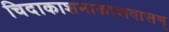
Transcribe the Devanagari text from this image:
चिदाकाशमाकाशवासम्